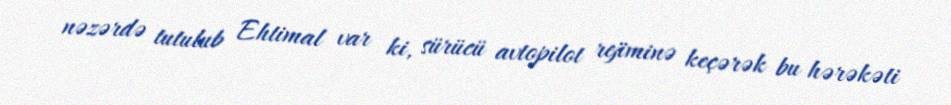
nəzərdə tutulub Ehtimal var ki, sürücü avtopilot rejiminə keçərək bu hərəkəti